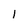
Character: l